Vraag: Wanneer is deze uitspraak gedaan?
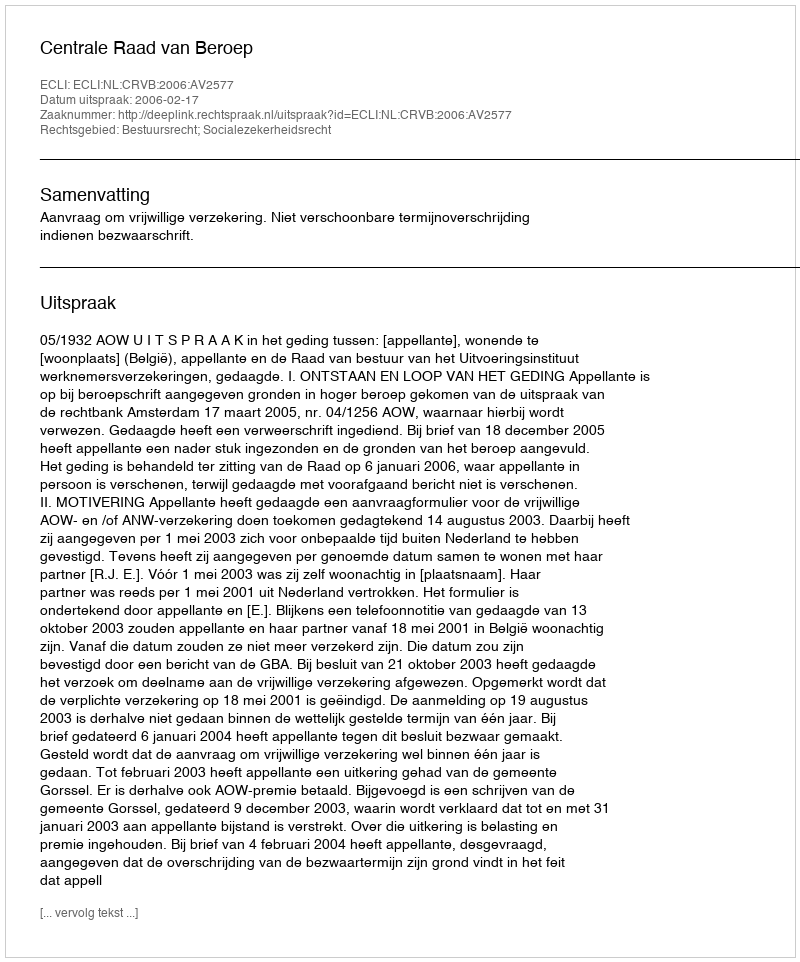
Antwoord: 2006-02-17